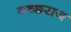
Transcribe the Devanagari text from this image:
वच्छराज